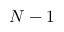
N - 1